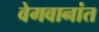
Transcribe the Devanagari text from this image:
वेगवानांत